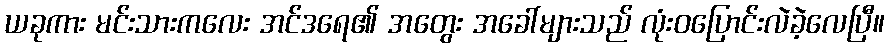
ယခုကား မင်းသားကလေး အင်ဒရေ၏ အတွေး အခေါ်များသည် လုံးဝပြောင်းလဲခဲ့လေပြီ။